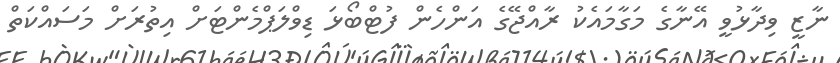
ނާޒީ ވިދާޅުވީ އޭނާގެ މަގާމައެކު ރާއްޖޭގެ އަންހެން ފުޓްބޯޅަ ޑިވްލަޕްމެންޓަށް އިތުރަށް މަސައްކަތް